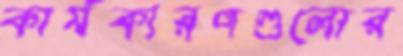
কার্যকারণগুলোর